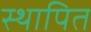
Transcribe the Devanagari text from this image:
स्थापित